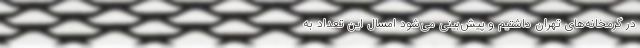
در گرمخانه‌های تهران داشتیم و پیش‌بینی می‌شود امسال این تعداد به